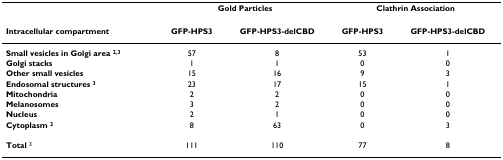
<table><thead><tr><td></td><td colspan="2"><b>Gold Particles</b></td><td colspan="2"><b>Clathrin Association</b></td></tr></thead><tbody><tr><td><b>Intracellular compartment</b></td><td><b>GFP-HPS3</b></td><td><b>GFP-HPS3-delCBD</b></td><td><b>GFP-HPS3</b></td><td><b>GFP-HPS3-delCBD</b></td></tr><tr><td><b>Small vesicles in Golgi area <sup>2,3</sup></b></td><td>57</td><td>8</td><td>53</td><td>1</td></tr><tr><td><b>Golgi stacks</b></td><td>1</td><td>1</td><td>0</td><td>0</td></tr><tr><td><b>Other small vesicles</b></td><td>15</td><td>16</td><td>9</td><td>3</td></tr><tr><td><b>Endosomal structures <sup>3</sup></b></td><td>23</td><td>17</td><td>15</td><td>1</td></tr><tr><td><b>Mitochondria</b></td><td>2</td><td>2</td><td>0</td><td>0</td></tr><tr><td><b>Melanosomes</b></td><td>3</td><td>2</td><td>0</td><td>0</td></tr><tr><td><b>Nucleus</b></td><td>2</td><td>1</td><td>0</td><td>0</td></tr><tr><td><b>Cytoplasm <sup>2</sup></b></td><td>8</td><td>63</td><td>0</td><td>3</td></tr><tr><td><b>Total </b><sup>3</sup></td><td>111</td><td>110</td><td>77</td><td>8</td></tr></tbody></table>